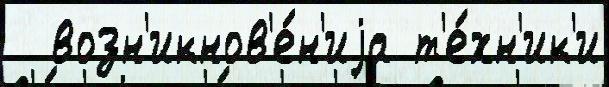
  возн'икнов'е́н'иjа т'е́хн'ик'и